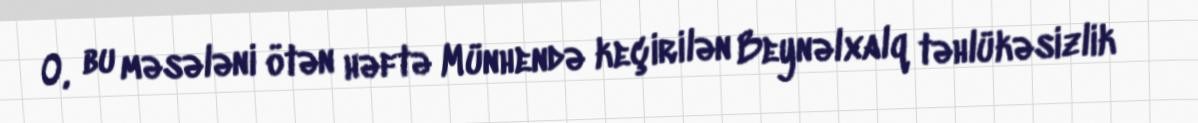
O, bu məsələni ötən həftə Münhendə keçirilən Beynəlxalq təhlükəsizlik